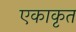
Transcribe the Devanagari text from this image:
एकाकृत